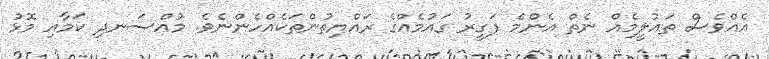
އެއްވެސް ތަޢުލީމެއް ނެތް އެންމެ ފަގީރު ގައުމެއްގެ ރައްޔިތުންތަކެއްހެންނެވެ. މުއްސަނދި ކަމާއި މޮޅު